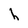
Character: h